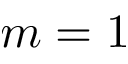
m = 1